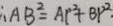
\therefore A B ^ { 2 } = A P ^ { 2 } + B P ^ { 2 } .